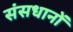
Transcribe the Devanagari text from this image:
संसधानों